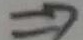
\Rightarrow